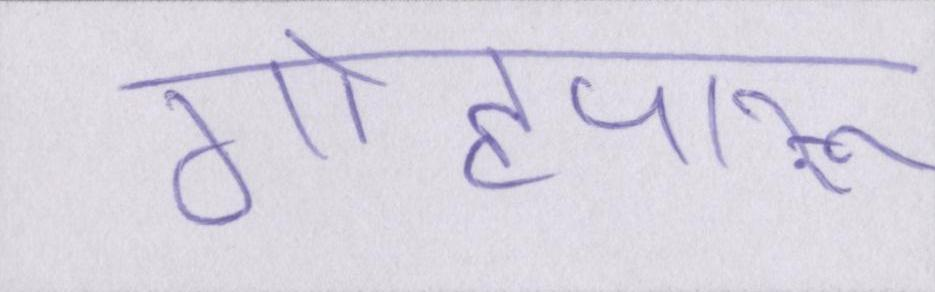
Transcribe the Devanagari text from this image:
गोहपारू